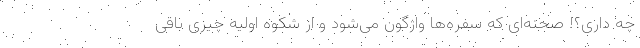
چه داری؟! صحنه‌ای که سفره‌ها واژگون می‌شود و از شکوه اولیه چیزی باقی